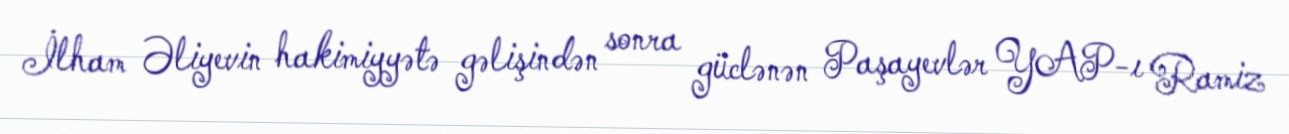
İlham Əliyevin hakimiyyətə gəlişindən sonra güclənən Paşayevlər YAP-ı Ramiz